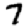
Digit: 7